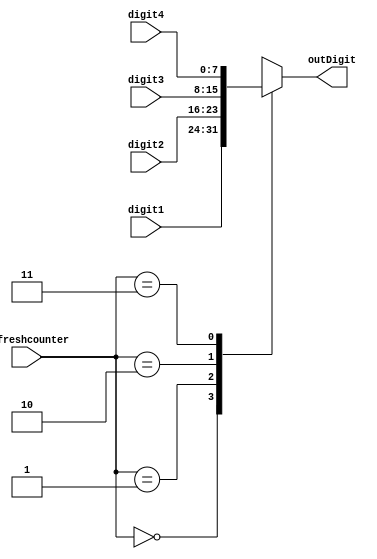
`timescale 1ns / 1ps

module BCDcontrol(
input [7:0] digit1,
input [7:0] digit2,
input [7:0] digit3,
input [7:0] digit4,
input [1:0] refreshcounter,
output reg [7:0] outDigit
    );
    
    always @(refreshcounter)
        begin 
        case(refreshcounter)
        2'd0:
          outDigit= digit1;
        2'd1:
          outDigit= digit2;
        2'd2:
          outDigit= digit3;
        2'd3:
          outDigit= digit4;
          
          endcase
          end
endmodule